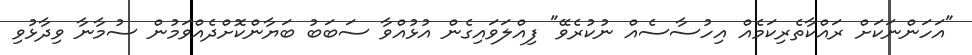
"އަހަންނަކަށް ރައްކާތެރިކަމެއް އިހުސާސެއް ނުކުރެވޭ" ފިއްލަވައިގެން އުޅުއްވާ ސަބަބު ބަޔާންކޮށްދެއްވަމުން ސުމާނާ ވިދާޅުވި